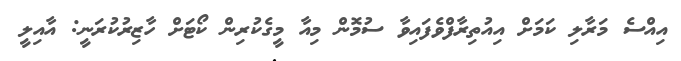
އިއްސެ މަރާލި ކަމަށް އިއުތިރާފްވެފައިވާ ސުމޮން މިއާ މީގެކުރިން ކޯޓަށް ހާޒިރުކުރަނީ: އާއިލީ